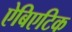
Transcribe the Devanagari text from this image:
ऐबिएटिक